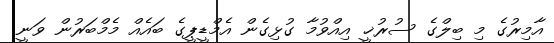
އާމިރުގެ މި ބިލްގެ ސުރުޚީ އިއްވުމާ ގުޅިގެން އެމްޑީޕީގެ ބައެއް މެމްބަރުން ވަނީ